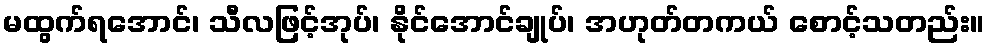
မထွက်ရအောင်၊ သီလဖြင့်အုပ်၊ နိုင်အောင်ချုပ်၊ အဟုတ်တကယ် စောင့်သတည်း။